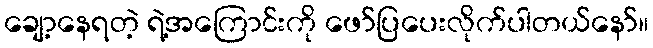
ချော့နေရတဲ့ ရဲ့အကြောင်းကို ဖော်ပြပေးလိုက်ပါတယ်နော်။